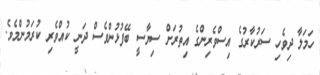
ހަމަލާ ދިވެހި ސަރުކާރުގެ އިސްވެރިންގެ އިތުރަށް ސިޔާސީ ބޭފުޅުންވެސް ދަނީ ކުއްވެރި ކުރަމުންމެވެ.